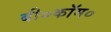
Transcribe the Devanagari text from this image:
बी०कॉम०